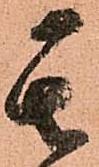
其